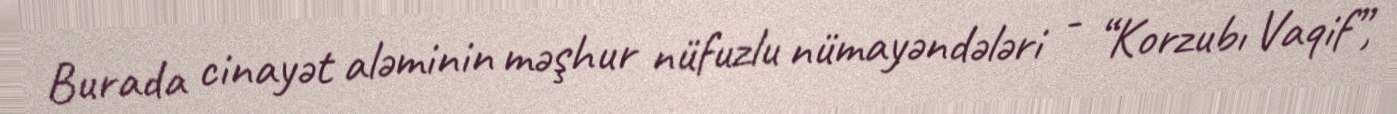
Burada cinayət aləminin məşhur nüfuzlu nümayəndələri - “Korzubı Vaqif”,